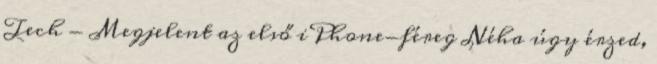
Tech - Megjelent az első iPhone-féreg Néha úgy érzed,